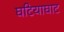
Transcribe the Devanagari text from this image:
घटियाघाट